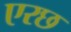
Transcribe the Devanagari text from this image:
एरछ